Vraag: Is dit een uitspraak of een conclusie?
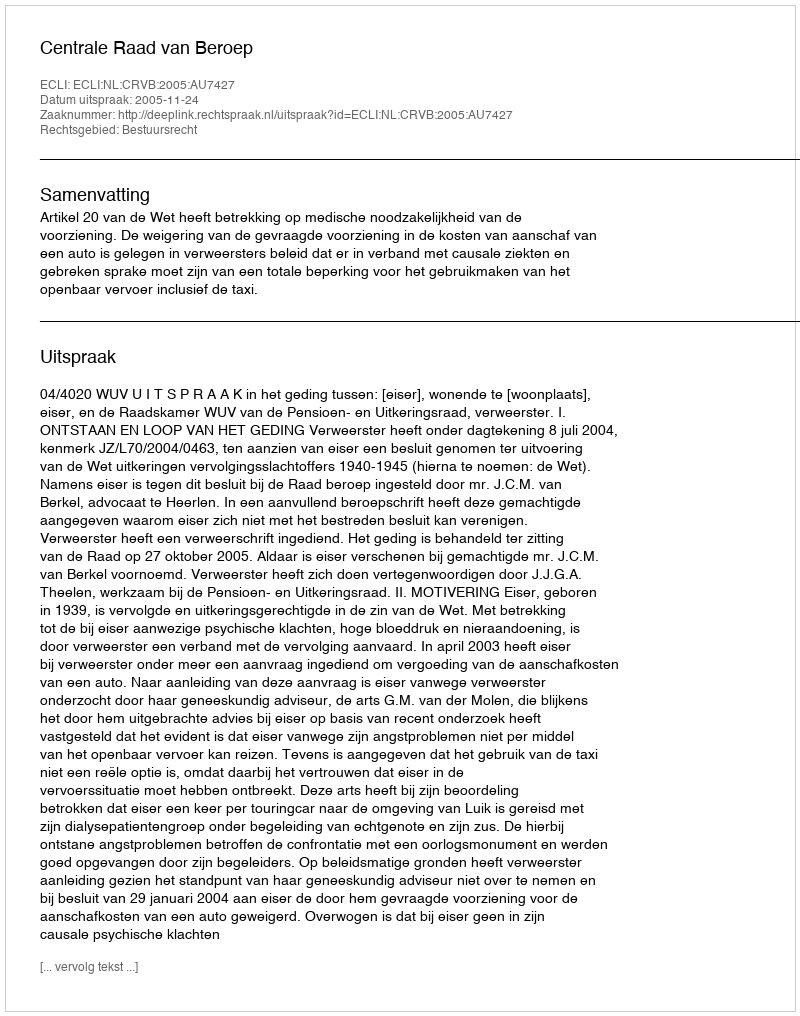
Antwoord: Uitspraak